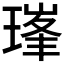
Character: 𪼇